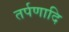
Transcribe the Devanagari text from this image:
तर्पणादि